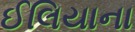
ઈલિયાના